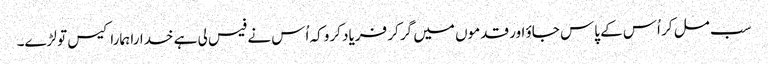
سب مل کر اُس کے پاس جاؤ اور قدموں میں گر کر فریاد کرو کہ اُس نے فیس لی ہے خدارا ہمارا کیس تو لڑے۔